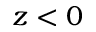
z < 0